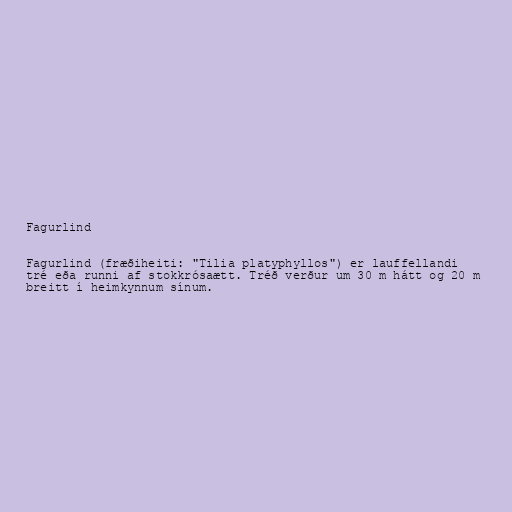
Fagurlind

Fagurlind (fræðiheiti: "Tilia platyphyllos") er lauffellandi
tré eða runni af stokkrósaætt. Tréð verður um 30 m hátt og 20 m
breitt í heimkynnum sínum.